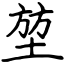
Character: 堃